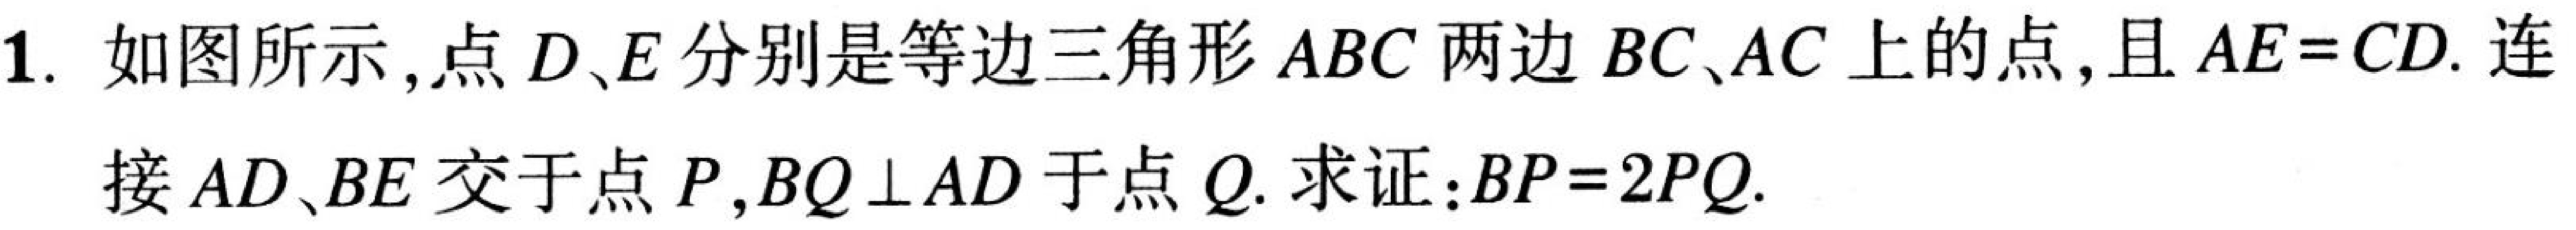
1. 如图所示,点 \(D、E\) 分别是等边三角形 \(ABC\) 两边 \(BC、AC\) 上的点,且 \(AE = CD\).连
接 \(AD、BE\) 交于点 \(P\),\(BQ\perp AD\) 于点 \(Q\). 求证：\(BP = 2PQ\).